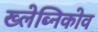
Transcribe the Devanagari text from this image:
ख्लेब्निकोव